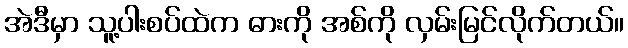
အဲဒီမှာ သူ့ပါးစပ်ထဲက ဓားကို အစ်ကို လှမ်းမြင်လိုက်တယ်။